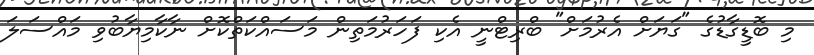
މި ބޮޑީގާޑުގެ "ގަޔަށް އެރުމަށް" ބްރިޓްނީ އެކި ފަހަރުމަތިން މަސައްކަތްކޮށް ނާކާމިޔާބުވި މައްސަލަ